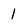
Character: 1